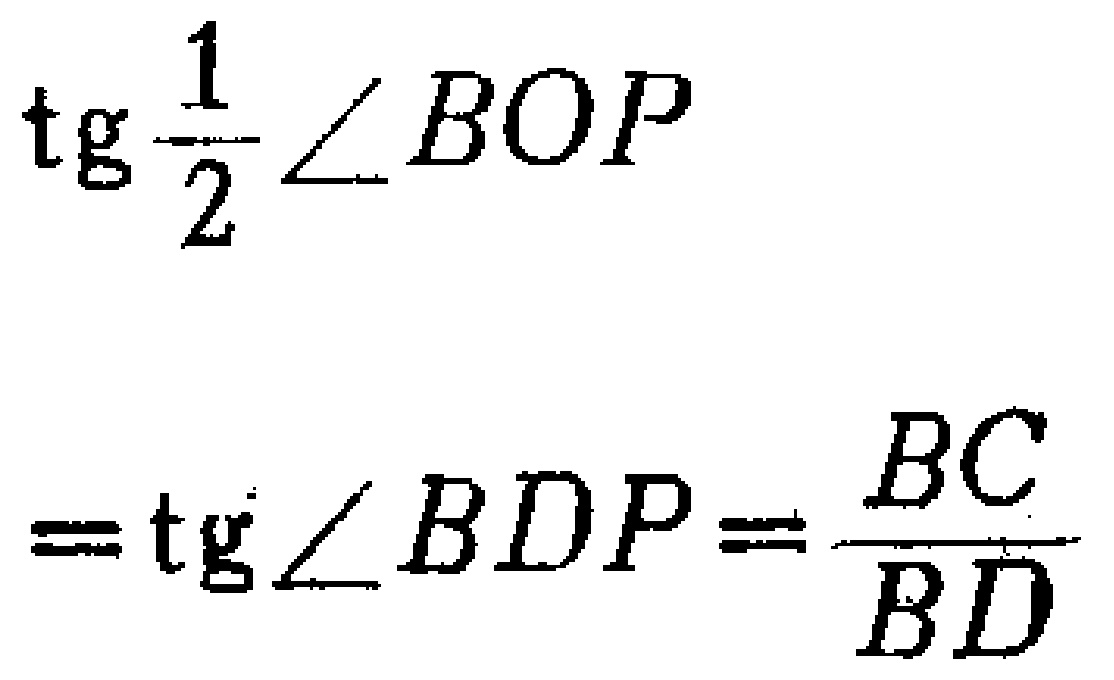
\[
\begin{align*}
\mathrm{tg}\frac{1}{2}\angle BOP&\\
&=\mathrm{tg}\angle BDP=\frac{BC}{BD}
\end{align*}
\]